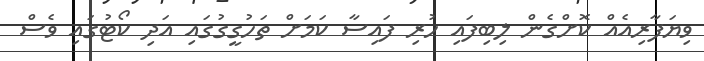
ވިޔަފާރިއެއް ކޮށްގެން ލިބިފައި ހުރި ފައިސާ ކަމަށް ތަހުގީގުގައި އަދި ކޯޓުގައި ވެސް